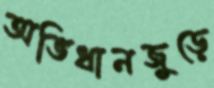
অভিধানজুড়ে